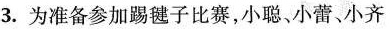
3.为准备参加踢毽子比赛，小聪、小蕾、小齐